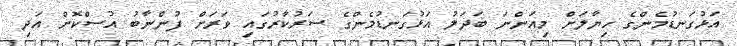
އަޅުގަނޑުމެންގެ ޚިޔާލަށް މިއަންނަ ބަދަލު އަޅުގަނޑުމެންގެ ސަރުކާރުގައި ވަރަށް ފުންނާބު އުސްކޮށް އަދި